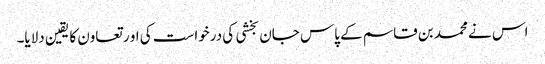
اس نے محمد بن قاسم کے پاس جان بخشی کی درخواست کی او ر تعاون کا یقین دلایا۔